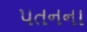
પતનના